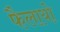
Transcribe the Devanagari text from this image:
फैलायो